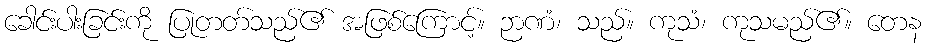
ခေါင်းပါးခြင်းကို ပြုတတ်သည်၏ အဖြစ်ကြောင့်။ ဉာဏံ၊ သည်။ ကုသံ၊ ကုသမည်၏။ တေန